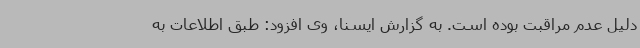
دلیل عدم مراقبت بوده است. به گزارش ایسنا، وی افزود: طبق اطلاعات به